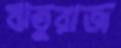
ঋতুরাজ